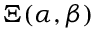
\Xi ( \alpha , \beta )